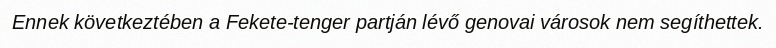
Ennek következtében a Fekete-tenger partján lévő genovai városok nem segíthettek.